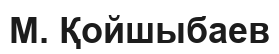
М. Қойшыбаев